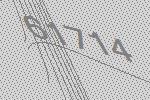
61714